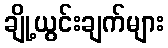
ချို့ယွင်းချက်များ